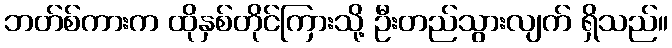
ဘတ်စ်ကားက ထိုနှစ်တိုင်ကြားသို့ ဦးတည်သွားလျက် ရှိသည်။